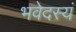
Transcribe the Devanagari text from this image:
भवेदस्यं